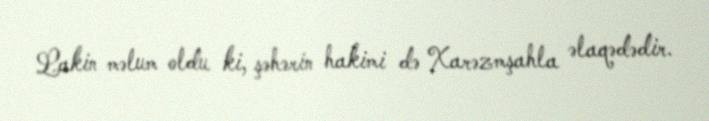
Lakin məlum oldu ki, şəhərin hakimi də Xarəzmşahla əlaqədədir.